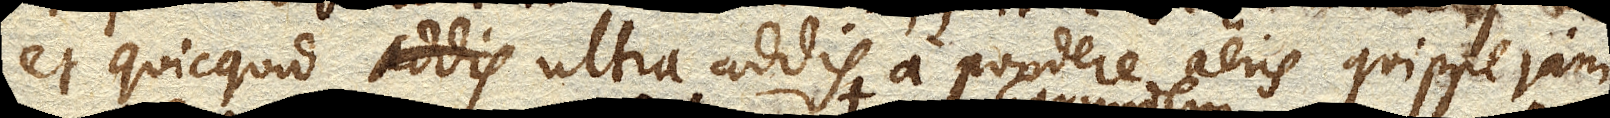
et quicquid ultra addis a pondere aeris quippe jam